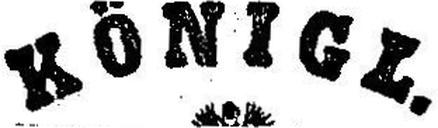
Königl.